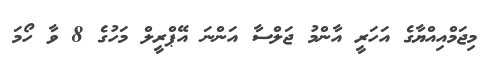
މިޖަމްއިއްޔާގެ އަހަރީ އާންމު ޖަލްސާ އަންނަ އޭޕްރީލް މަހުގެ 8 ވާ ހޯމަ